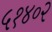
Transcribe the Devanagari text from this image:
५१४०२